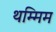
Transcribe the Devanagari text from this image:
थम्मिम